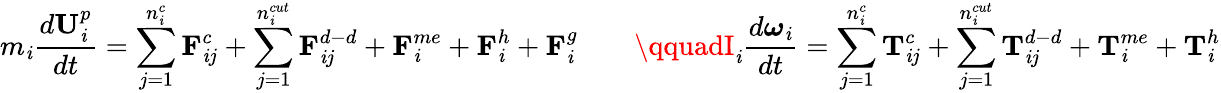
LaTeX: m_{\mathit{i}}\frac{{d\textbf{{U}}_{\mathit{i}}^{p}}}{{dt}}=\sum_{j=1}^{n_{\mathit{i}}^{c}}{\textbf{{F}}_{\mathit{i}j}^{c}}+\sum_{j=1}^{n_{\mathit{i}}^{cut}}\textbf{{F}}_{\mathit{i}j}^{d-d}+\textbf{{F}}_{\mathit{i}}^{me}+\textbf{{F}}_{\mathit{i}}^{h}+\textbf{{F}}_{\mathit{i}}^{g}\qquad\qquadI_{\mathit{i}}\frac{{d\boldsymbol\omega_{\mathit{i}}}}{{dt}}=\sum_{j=1}^{n_{\mathit{i}}^{c}}{\textbf{{T}}_{\mathit{i}j}^{c}}+\sum_{j=1}^{n_{\mathit{i}}^{cut}}\textbf{{T}}_{\mathit{i}j}^{d-d}+\textbf{{T}}_{\mathit{i}}^{me}+\textbf{{T}}_{\mathit{i}}^{h}